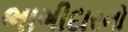
ભાગીદારનો